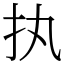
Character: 执